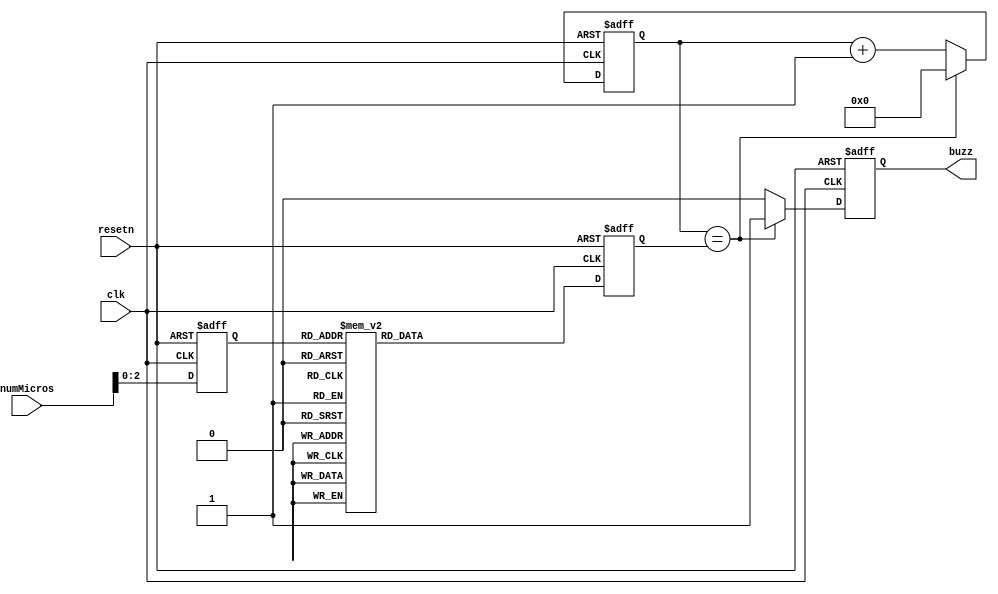
`timescale 1ns / 1ps
//////////////////////////////////////////////////////////////////////////////////
// Company: 
// Engineer: 
// 
// Design Name: 
// Module Name: mfp_ahb_buzzer
// Project Name: 
// Target Devices: 
// Tool Versions: 
// Description: 
// 
// Dependencies: 
// 
// Revision:
// Revision 0.01 - File Created
// Additional Comments:
// 
//////////////////////////////////////////////////////////////////////////////////


module mfp_ahb_buzzer(
    input wire clk,
    input wire resetn,
    input wire [31:0] numMicros,
    output reg buzz
    );
        // do re mi
        parameter CNT_MAX = 25'd24_999_999;
        parameter DO = 18'd190839;
        parameter RE = 18'd170067;
        parameter MI = 18'd151514;
        parameter FA = 18'd143265;
        parameter SO = 18'd127550;
        parameter LA = 18'd113635;
        parameter XI = 18'd101213;
        
        // copying supplementary 1.23
    	reg [2:0] NS; // we use 8 state, mute + do re mi ... xi
        reg [17:0] freq_cnt;
        reg [17:0] freq_data;
		
        
        // state assignment
        // we use the last 3 bits of numMicros to represent zero do re mi ...
        always @ (posedge clk or negedge resetn) begin
        
            // reset
            if(!resetn) begin
                NS <= 0;
                buzz <= 0; // mute
                freq_cnt <= 0;
                freq_data <= CNT_MAX;
            end
            
            else begin
                // assign the output frequency (freq_data)
                NS <= numMicros[2:0]; // get the note
                case (NS)
                    3'o0: freq_data <= CNT_MAX; // mute
                    3'o1: freq_data <= DO; // do
                    3'o2: freq_data <= RE; // re
                    3'o3: freq_data <= MI; // mi
                    3'o4: freq_data <= FA; // fa
                    3'o5: freq_data <= SO; // so
                    3'o6: freq_data <= LA; // la
                    3'o7: freq_data <= XI; // xi
                default: freq_data <= CNT_MAX; // mute
                endcase
                
                // let's get do re mi!
                if (freq_cnt == freq_data) begin
                    buzz <= 1; // a pulse
                    freq_cnt <= 0; // counter go back to 0
                end
                else begin
                    freq_cnt <= freq_cnt+1; // count the time
                    buzz <= 0;
                end
            end
            
        end

        
endmodule